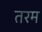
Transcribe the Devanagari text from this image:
तरम